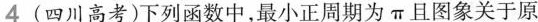
4（四川高考）下列函数中，最小正周期为π且图像关于原